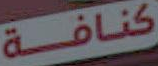
كنافة